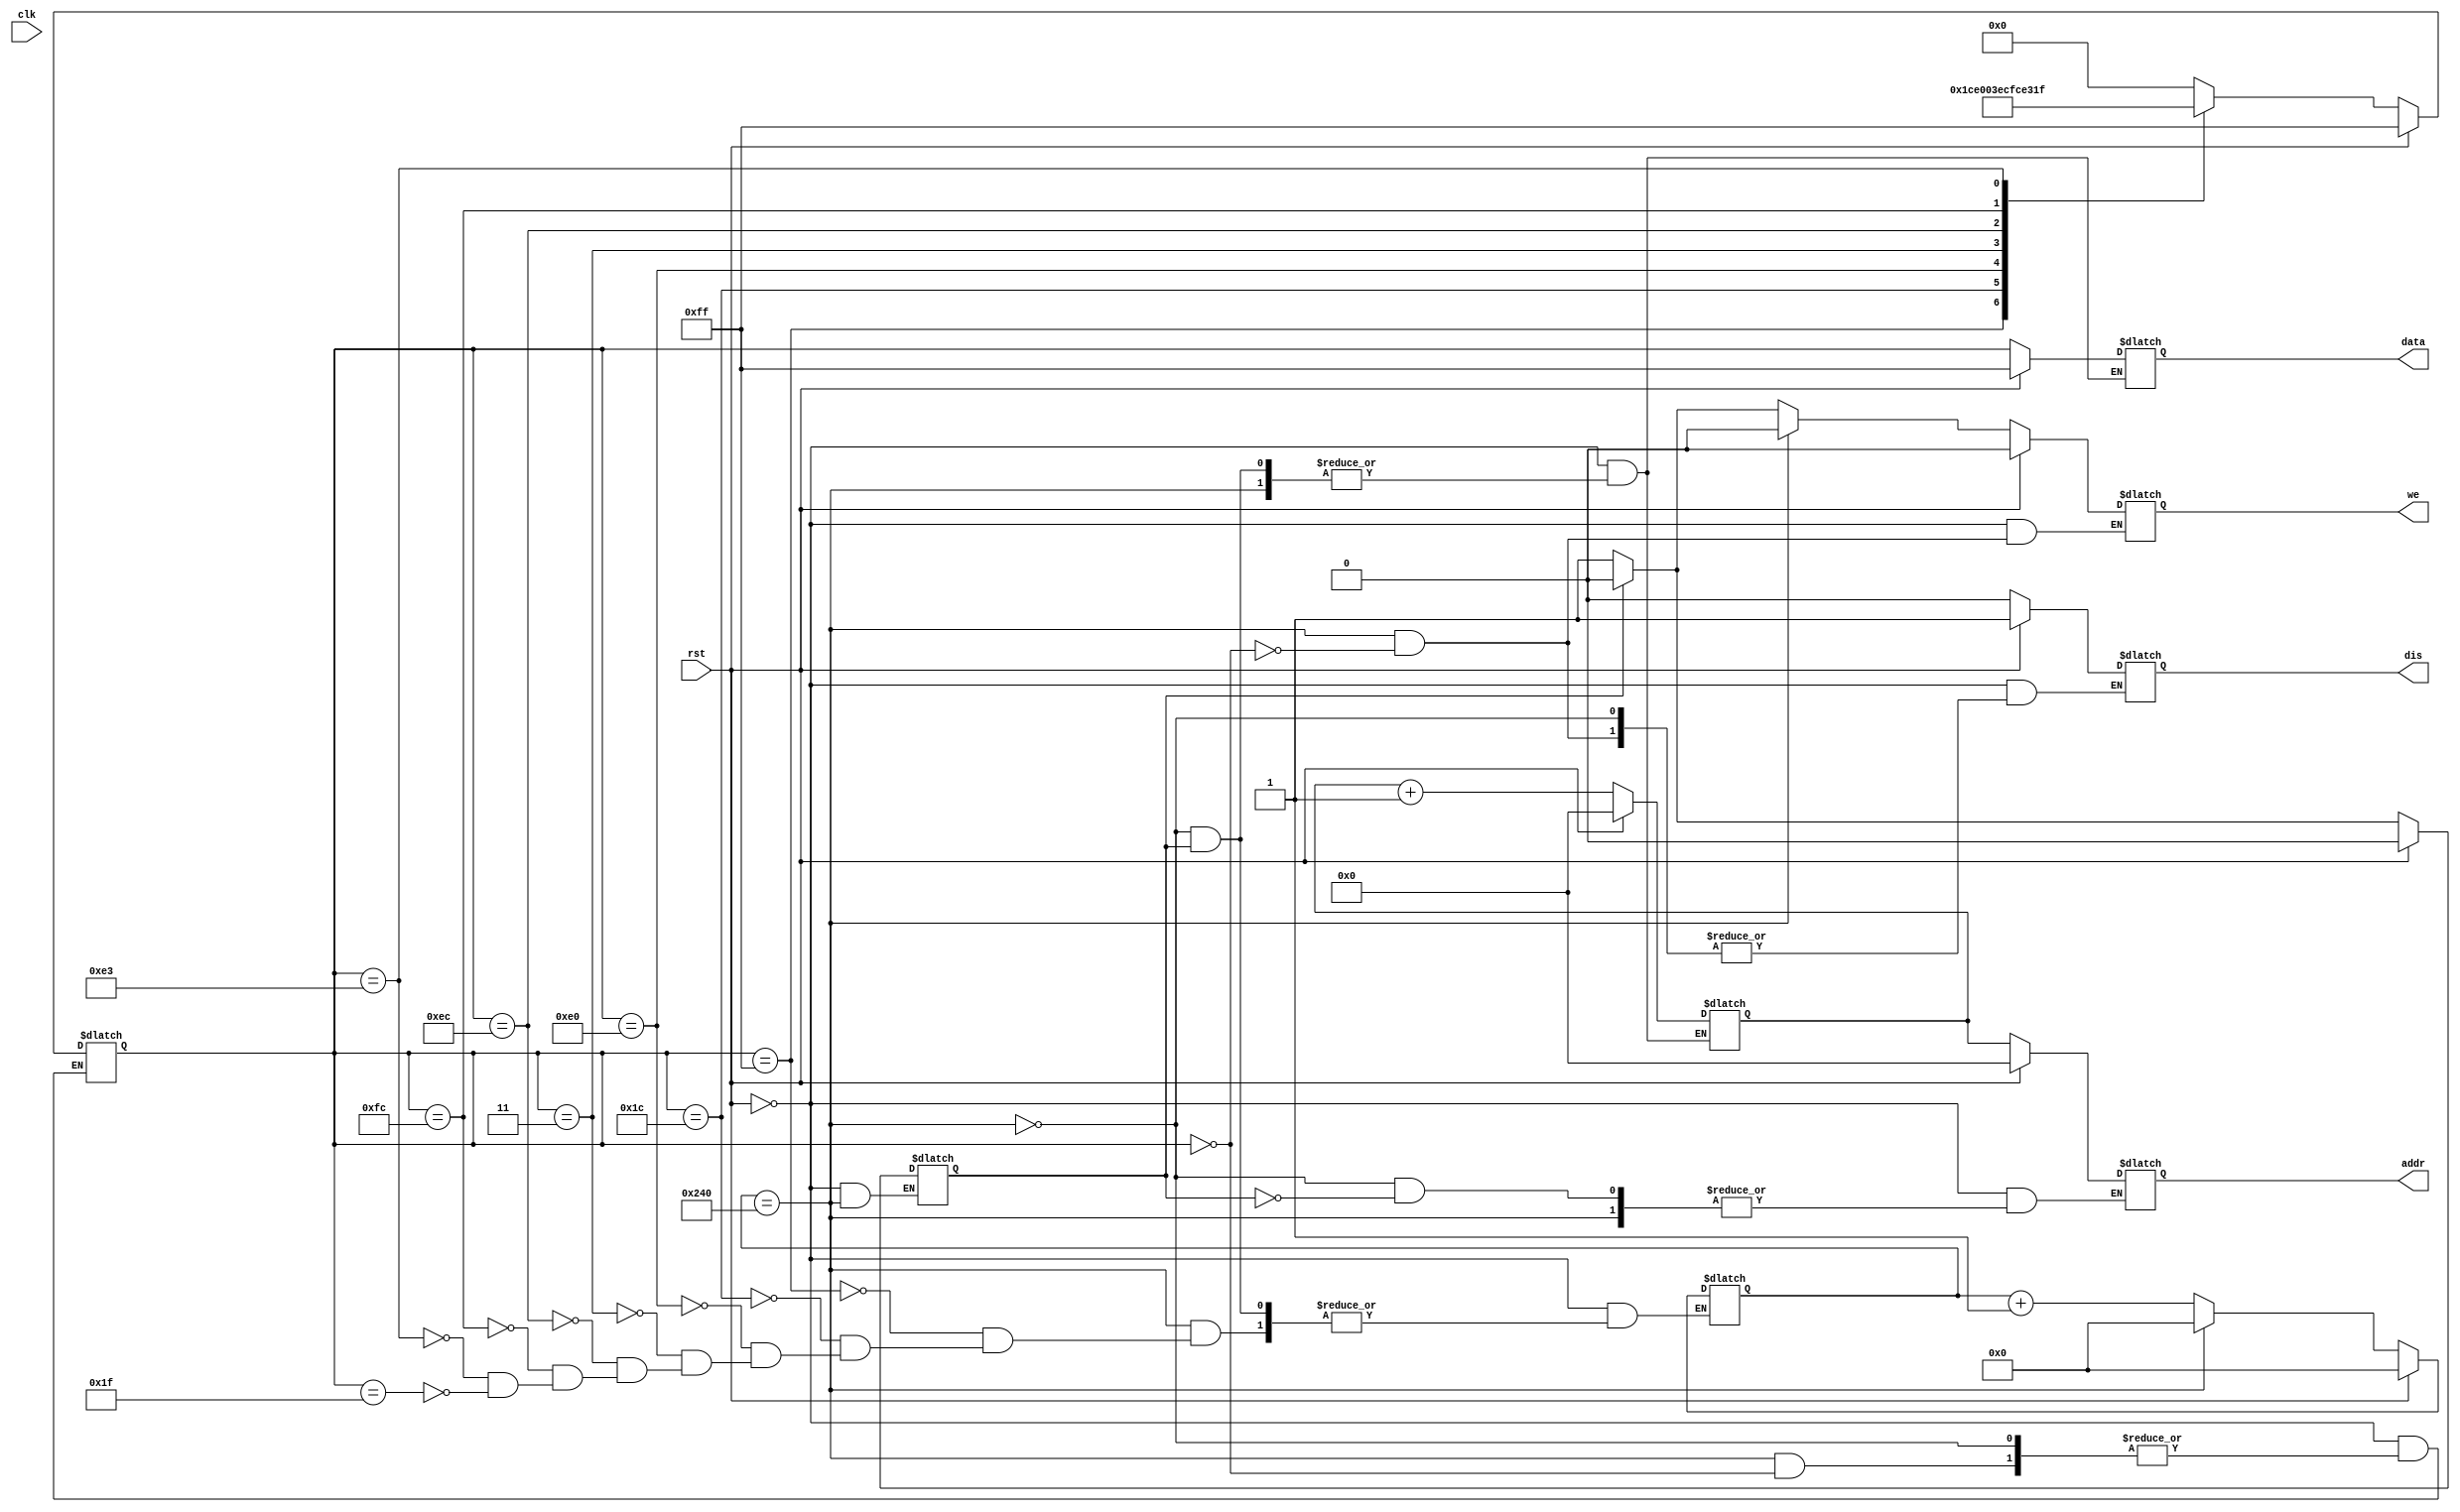
module Sprite_Initializer(
	input clk,
	input rst,
	output reg dis,
	output reg [12:0] addr,
	output reg [7:0] data,
	output reg we
);

	reg [12:0] addr_counter;
	reg [9:0] color_counter;
	reg [7:0] color;
	reg write;

	parameter [7:0] WHITE       = 8'b11111111,
	                GREEN       = 8'b00011100,
	                RED         = 8'b11100000,
	                BLUE        = 8'b00000011,
	                ORANGE      = 8'b11101100,
	                YELLOW      = 8'b11111100,
	                PURPLE      = 8'b11100011,
	                SKY_BLUE    = 8'b00011111,
	                BLACK       = 8'b00000000;

	always @(clk)
	begin
		if (rst)
		begin
			dis <= 1'b1;
			addr <= 13'b0;
			data <= WHITE;
			we <= 1'b0;

			write <= 1'b0;
			addr_counter <= 13'b0;
			color_counter <= 10'b0;
			color <= WHITE;
		end
		else
		begin
			if (color_counter == 10'd576)
			begin
				case (color)
					WHITE:
					begin
						color_counter <= 10'd0;
						color <= GREEN;
					end
					GREEN:
					begin
						color_counter <= 10'd0;
						color <= RED;
					end
					RED:
					begin
						color_counter <= 10'd0;
						color <= BLUE;
					end
					BLUE:
					begin
						color_counter <= 10'd0;
						color <= ORANGE;
					end
					ORANGE:
					begin
						color_counter <= 10'd0;
						color <= YELLOW;
					end
					YELLOW:
					begin
						color_counter <= 10'd0;
						color <= PURPLE;
					end
					PURPLE:
					begin
						color_counter <= 10'd0;
						color <= SKY_BLUE;
					end
					SKY_BLUE:
					begin
						color_counter <= 10'd0;
						color <= BLACK;
					end
					BLACK:
					begin
						color_counter <= color_counter;
						we <= 1'b0;
						dis <= 1'b0;
						color <= color;
					end
					default:
						color <= BLACK;
				endcase
			end
			else
			begin
				if (write == 1'b0)
				begin
					we <= 1'b1;
					addr_counter <= addr_counter + 1'b1;
					color_counter <= color_counter + 1'b1;
					data <= color;
					write <= 1'b1;
				end
				else
				begin
					we <= 1'b0;
					addr <= addr_counter;
					write <= 1'b0;
				end
			end
		end
	end
endmodule